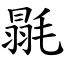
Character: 毾